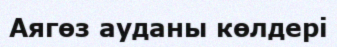
Аягөз ауданы көлдері